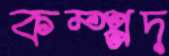
কম্প্পদ